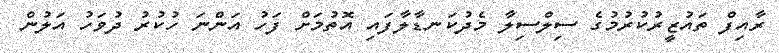
ރާއިފް ތައުޒީރުކުރުމުގެ ސިލްސިލާ މެދުކަނޑާލާފައި އޮތުމަށް ފަހު އަންނަ ހުކުރު ދުވަހު އަލުން